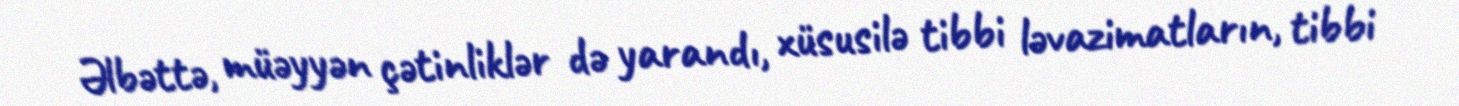
Əlbəttə, müəyyən çətinliklər də yarandı, xüsusilə tibbi ləvazimatların, tibbi